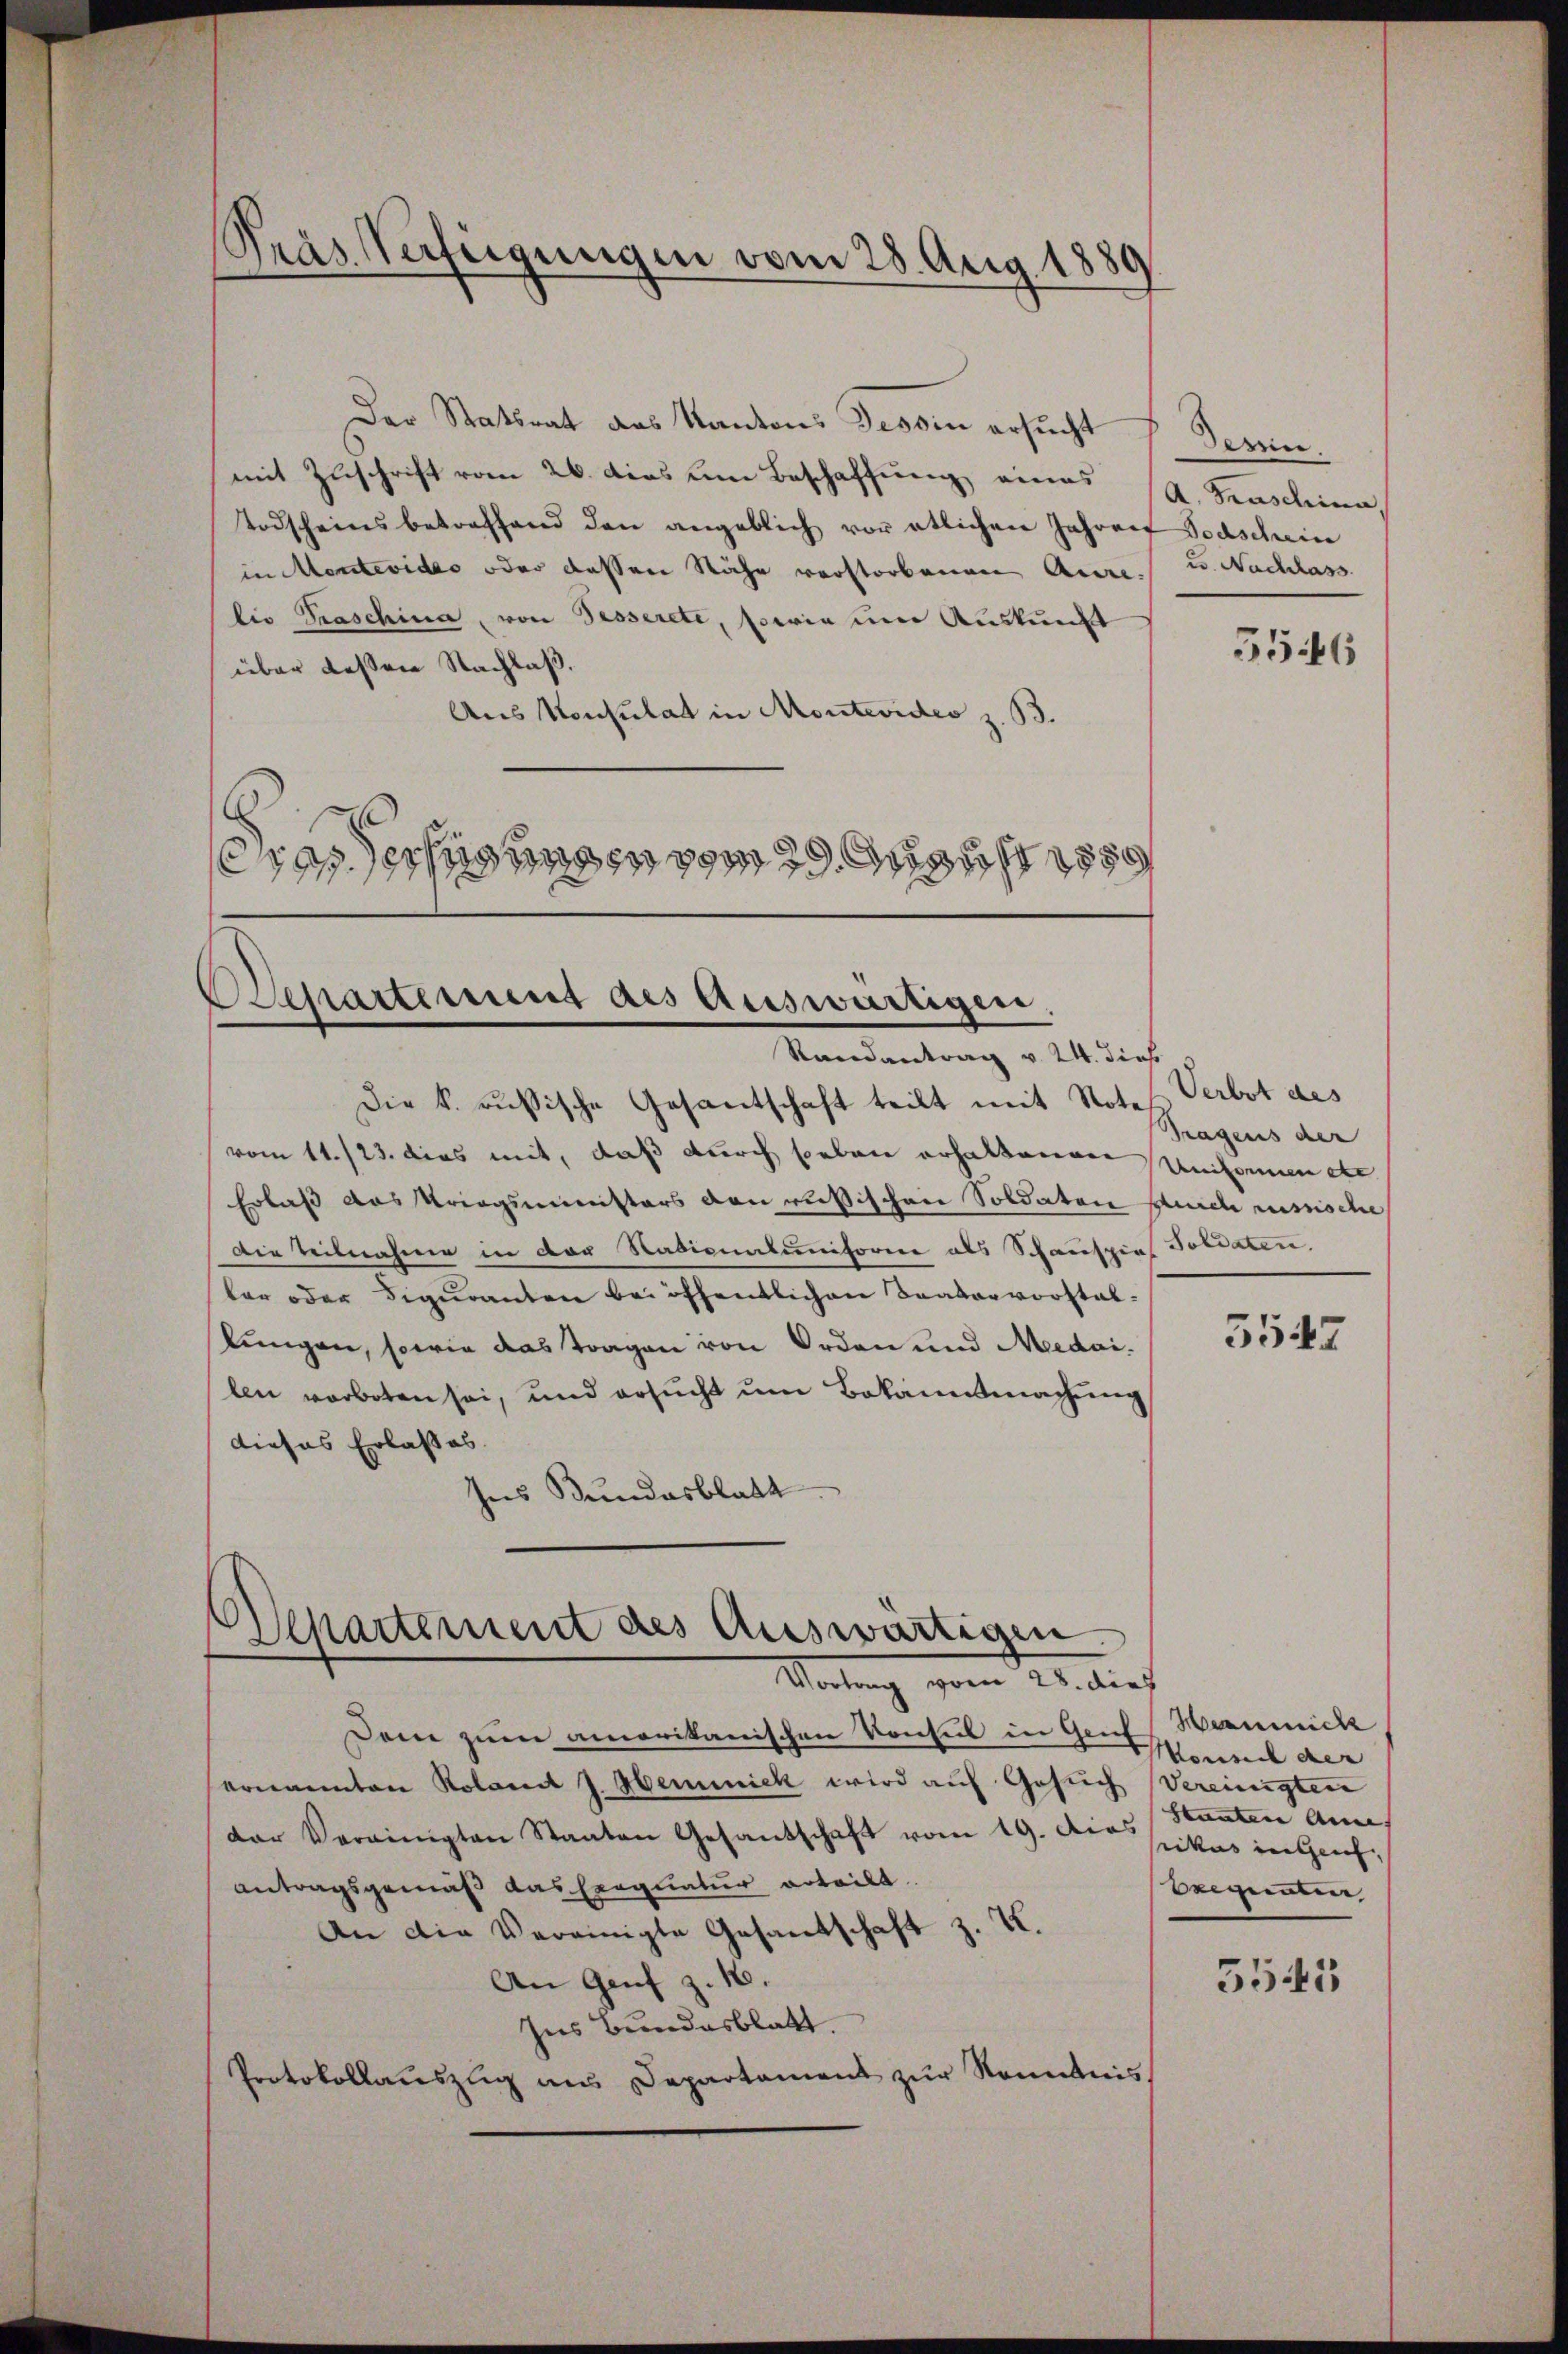
Pras. Verfeigungen vom 28. Aug. 1889

Der Statsrat des Kantons Tessin ersucht
mit Zuschrift vom 26. dies um Beschaffung eines (A. Taschina
Todscheinsbetreffend den angeblich vor etlichen Jahren Todscheine
in Montevides oder dessen Nähe verstorbenen Aure, u. Nachlass
lio Graschina, von Tesserete, sowie um Auskunft
über dessen Nachlaß.
Aus Konsulat in Montevideo z. B.
varechnungen vom 29. August 1889

Ascharterung des Auswärtigen,
Randantrag v. 24. dies

Departement des Auswärtigen.
Mitung vom 22. dies

Die k. russische Gesantschaft teilt mit Notes Verbot des
vom 11./23. dies mit, daß durch soeben erhaltenen Unifonnen de
Erlaß das Kriegsministers den russischen Soldater durch minische
Die Teilnahme in der Radionaluniforne als Schauspiel Poliaten.
ter oder Figuranten bei öffentlichen Baadervorstatkungen, sowie das Tragen von Orden und Medai
len verboten sei, und ersucht um Bekanntmachung
dieses Erlasses.
Ins Bundesblatt

Dem zum amerikanischen Konsul in Genf
ernannten Kolomit J. Hemmnick wird auf Gesuch Vereinigten
der Vereinigten Staaten Gesantschaft vom 19. Das Staaten Ann
antragsgemäß das Exequatur erteilt.
An die Vereinigte Gesandschaft z. K.
An Genf z. 18.
Ins Bundesblatt
Protokollauszug aus Departament zur Kenntnis

Deren
5546

Tragens der

3547

Harnich
Monsich der
ikus in leich,
Exequaten

5545